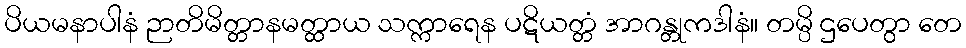
ပိယမနာပါနံ ဉာတိမိတ္တာနမတ္ထာယ သက္ကာရေန ပဋိယတ္တံ အာဂန္တုကဒါနံ။ တမ္ပိ ဌပေတွာ တေ